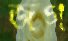
জগ